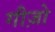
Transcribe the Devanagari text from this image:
गीज़ो